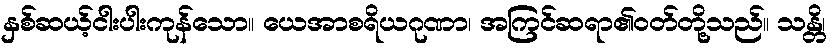
နှစ်ဆယ့်ငါးပါးကုန်သော။ ယေအာစရိယဂုဏာ၊ အကြင်ဆရာ၏ဝတ်တို့သည်။ သန္တိ၊